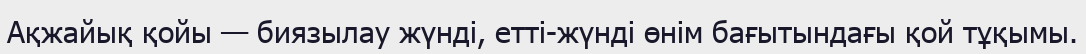
Ақжайық қойы — биязылау жүнді, етті-жүнді өнім бағытындағы қой тұқымы.